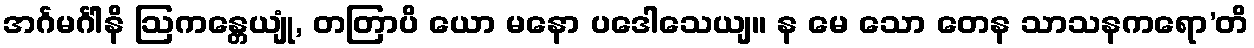
အင်္ဂမင်္ဂါနိ ဩကန္တေယျုံ, တတြာပိ ယော မနော ပဒေါသေယျ။ န မေ သော တေန သာသနကရော’တိ